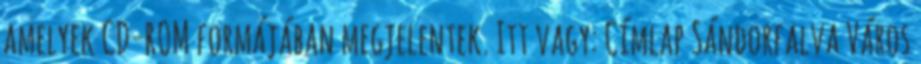
amelyek CD-ROM formájában megjelentek. Itt vagy: Címlap Sándorfalva Város